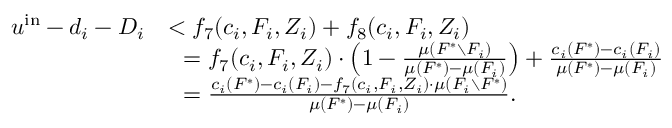
\begin{array} { r l } { u ^ { \mathrm { i n } } - d _ { i } - D _ { i } } & { < f _ { 7 } ( c _ { i } , F _ { i } , Z _ { i } ) + f _ { 8 } ( c _ { i } , F _ { i } , Z _ { i } ) } \\ { } & { ~ ~ = f _ { 7 } ( c _ { i } , F _ { i } , Z _ { i } ) \cdot \left( 1 - \frac { \mu ( F ^ { * } \setminus F _ { i } ) } { \mu ( F ^ { * } ) - \mu ( F _ { i } ) } \right) + \frac { c _ { i } ( F ^ { * } ) - c _ { i } ( F _ { i } ) } { \mu ( F ^ { * } ) - \mu ( F _ { i } ) } } \\ { } & { ~ ~ = \frac { c _ { i } ( F ^ { * } ) - c _ { i } ( F _ { i } ) - f _ { 7 } ( c _ { i } , F _ { i } , Z _ { i } ) \cdot \mu ( F _ { i } \setminus F ^ { * } ) } { \mu ( F ^ { * } ) - \mu ( F _ { i } ) } . } \end{array}